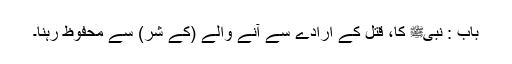
باب : نبیﷺ کا، قتل کے ارادے سے آنے والے (کے شر) سے محفوظ رہنا۔